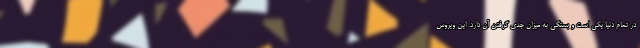
در تمام دنیا یکی است و بستگی به میزان جدی گرفتن آن دارد. این ویروس